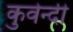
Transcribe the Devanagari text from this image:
कुवेन्दी